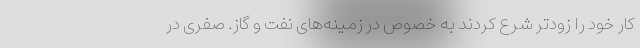
کار خود را زودتر شرع کردند به خصوص در زمینه‌های نفت و گاز. صفری در